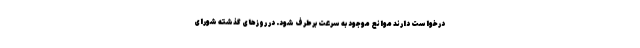
درخواست دارند موانع موجود به سرعت برطرف شود. در روزهای گذشته شورای